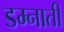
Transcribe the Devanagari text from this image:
डम्नाती